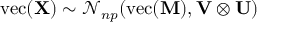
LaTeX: \mathrm { v e c } ( \mathbf { X } ) \sim { \mathcal { N } } _ { n p } ( \mathrm { v e c } ( \mathbf { M } ) , \mathbf { V } \otimes \mathbf { U } )